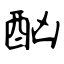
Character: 酗